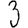
Digit: 3